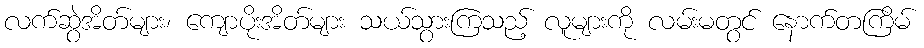
လက်ဆွဲအိတ်များ၊ ကျောပိုးအိတ်များ သယ်သွားကြသည့် လူများကို လမ်းမတွင် နောက်တကြိမ်